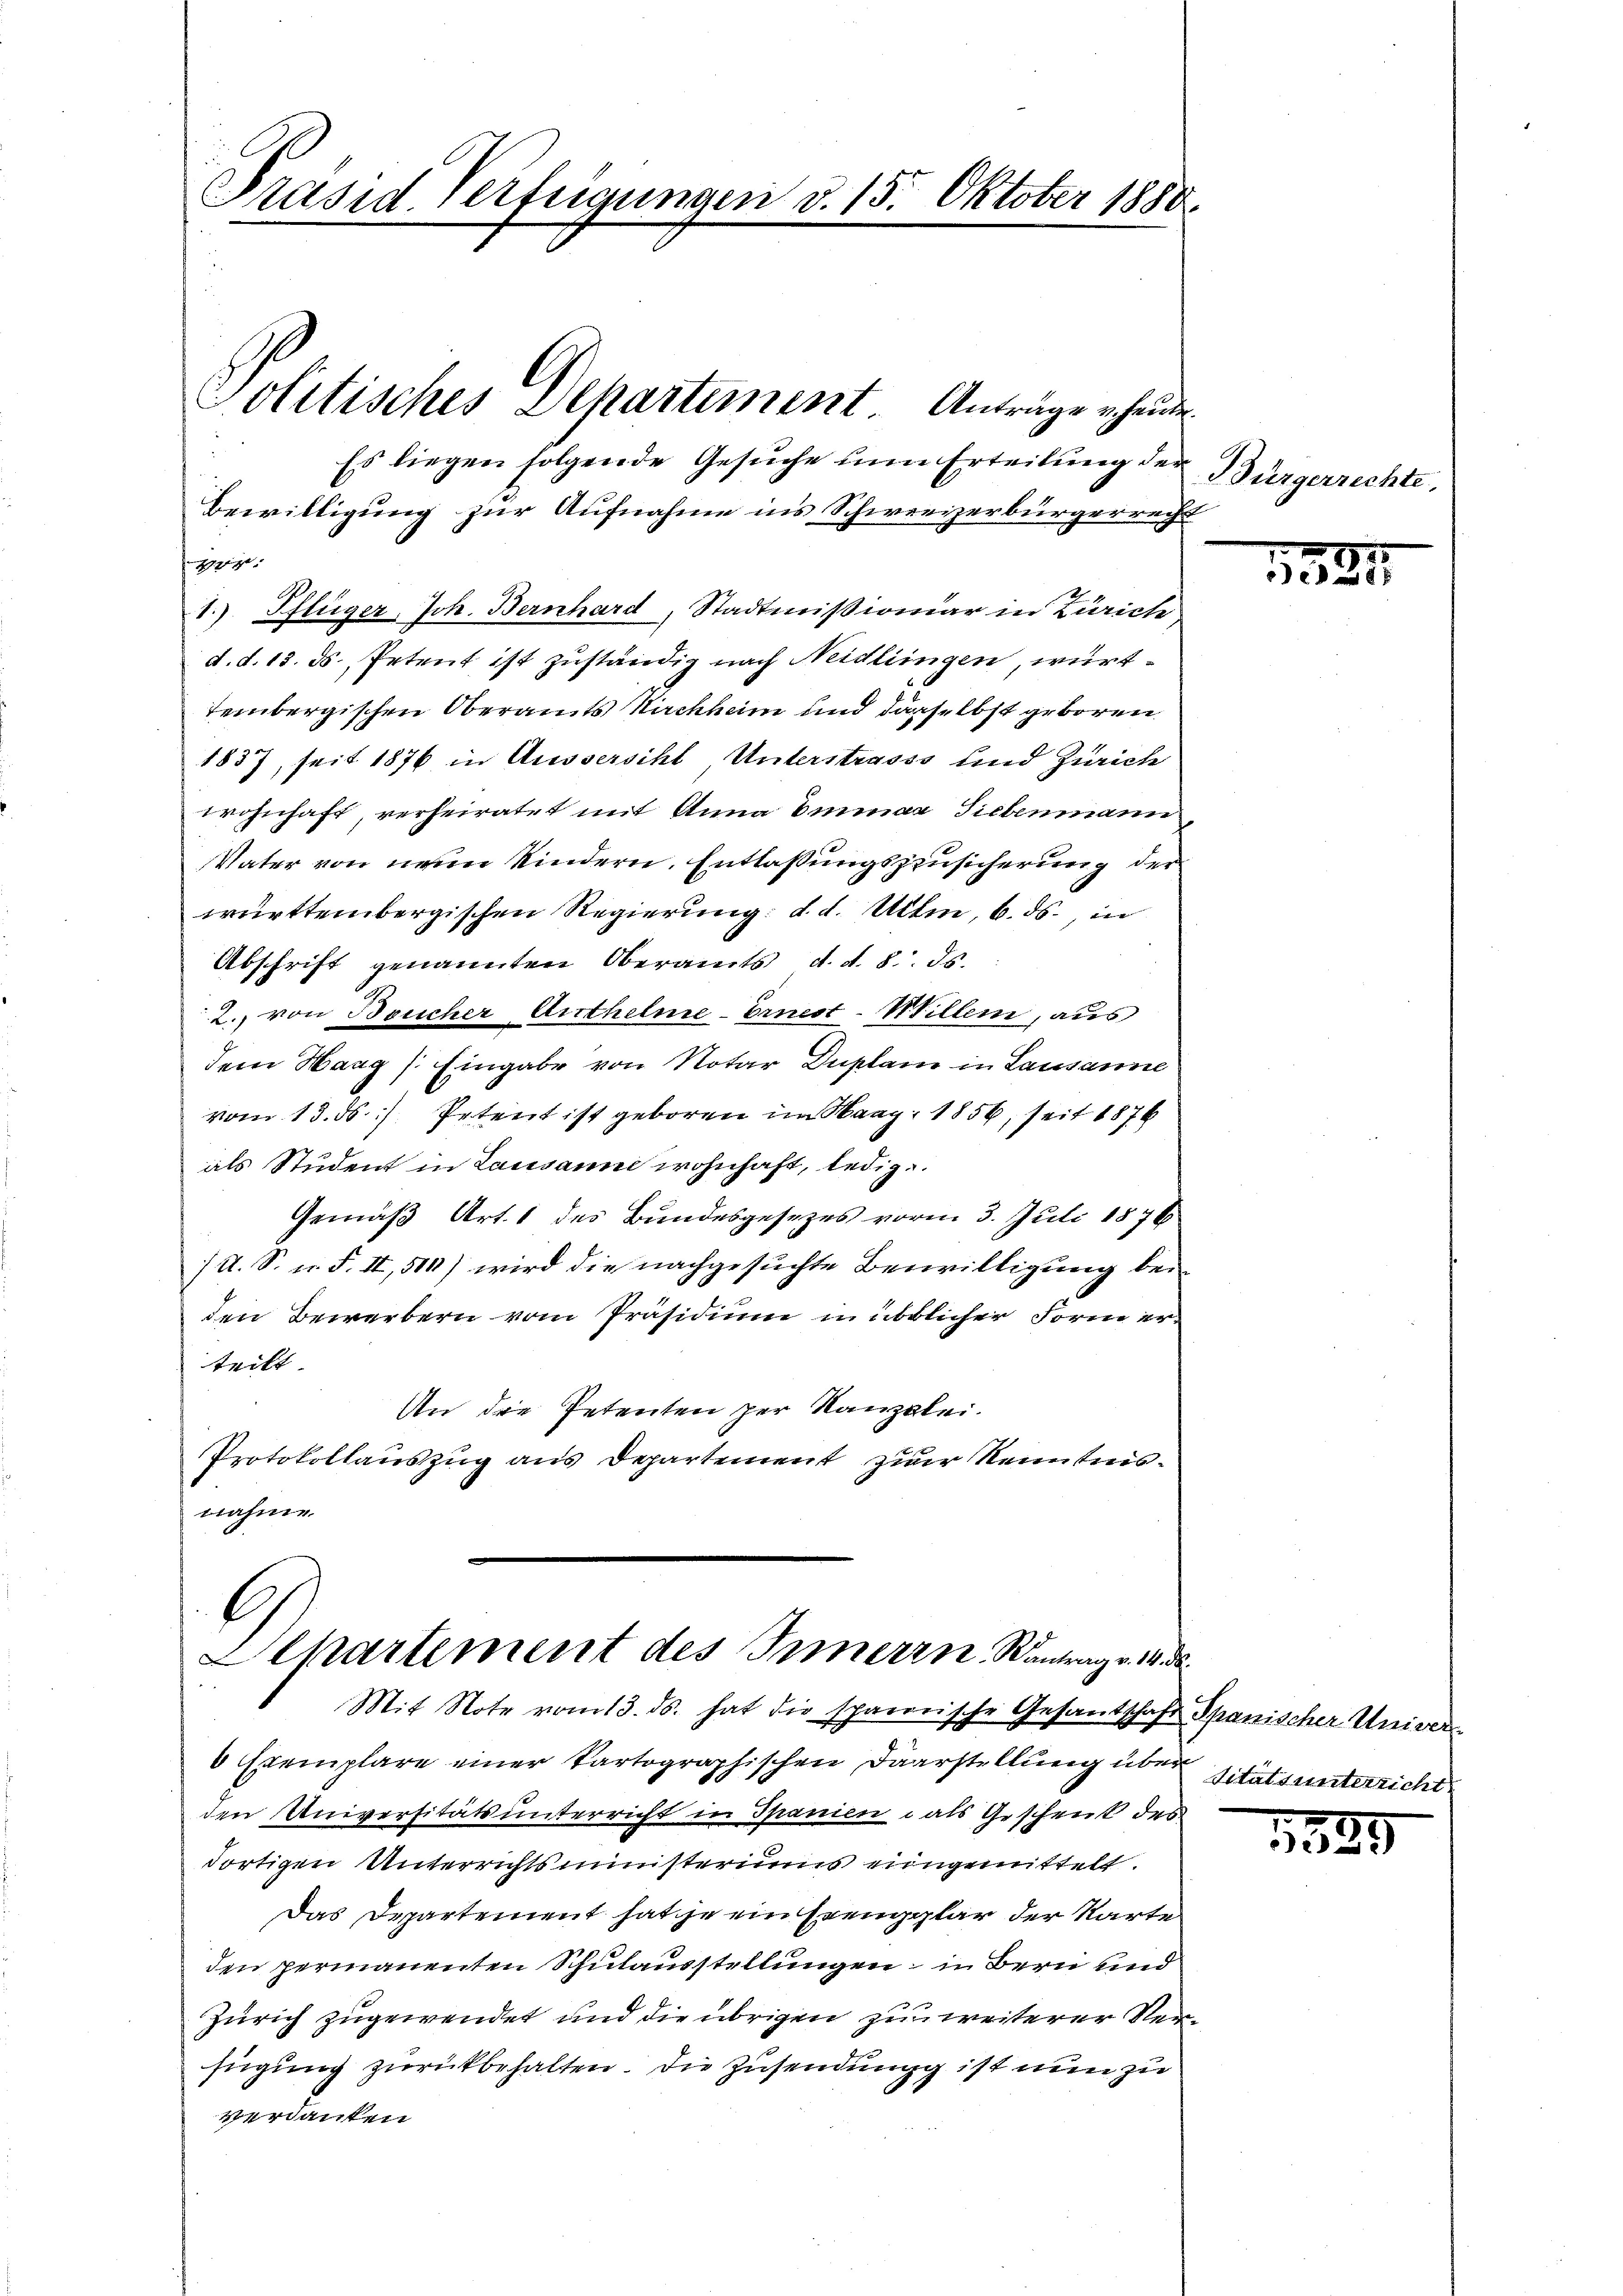
Präsid Verfügungen d. 15. Oktober 1888

Politisches Departement Anträge heute

Es liegen folgende Gesŭche um Erteilung der
Bewilligung zur Aufnahme in’s Schweizerbürgerrecht
drige |
1. Pflüger, Joh. Bernhard, Stadtmißionar in Zürich
d. d. 13. ds. Petent ist zuständig nach Neidlingen, württembergischen Oberamts Nachheim und dasselbst geboren
1837, seit 1876 in Aussersihl Unterstrasss und Zürich
wohnhaft, verheiratet mit Anna Emmaa Siebenmann
Vater von neun Kindern, Entlassungszusicherung der
württembergischen Regierung d. d. Uttin, 6. ds., in
Abschrift genannten Oberamts, d. d. 8. ds.
2., von Boucher Anthelme-Ernest-Willer, aus
dem Haag /: Eingabe von Notar Duplan in Lausanne
vom 13. ds. Petent ist geboren im Haag. 1856, seit 1876
als Student in Lausanne wohnhaft, ledig
Gemäß Art. 1 des Bundesgesezes vorm 3. Juli 1876
/A. S. n. F. II, 510) wird die nachgesuchte Bewilligung beiden Bewerbern vom Präsidium in überlicher Form erteilt
In die Petenten zur Kanzlei.
Protokollauszug aus Departement zum Kenntnisnahme

l
Alkartement des Innern, Wantrag v. 14. d.
Mit Note vom 13. ds. hat die sparerische Gesantschaft Spanischer Univer

0 Exemplare einer kartographischen Darstellung über sitäts unterricht.
den Universitäts unterricht in Spanien als Geschenk des
dortigen Unterrichtsministeriums eingemittelt.
Das Departement satze ein Exemplar der Karte
den permanenten Schulausstellungen in Bern und
Zürich zugewendet und die übrigen zu weiterer Verfügung zurückbehalten. Die Zusendungg ist nun zu
verdanken

Bürgerrechte,

158

.

1889